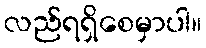
လည်ရရှိစေမှာပါ။